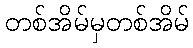
တစ်အိမ်မှတစ်အိမ်